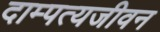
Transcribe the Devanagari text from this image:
दाम्पत्यजीवन